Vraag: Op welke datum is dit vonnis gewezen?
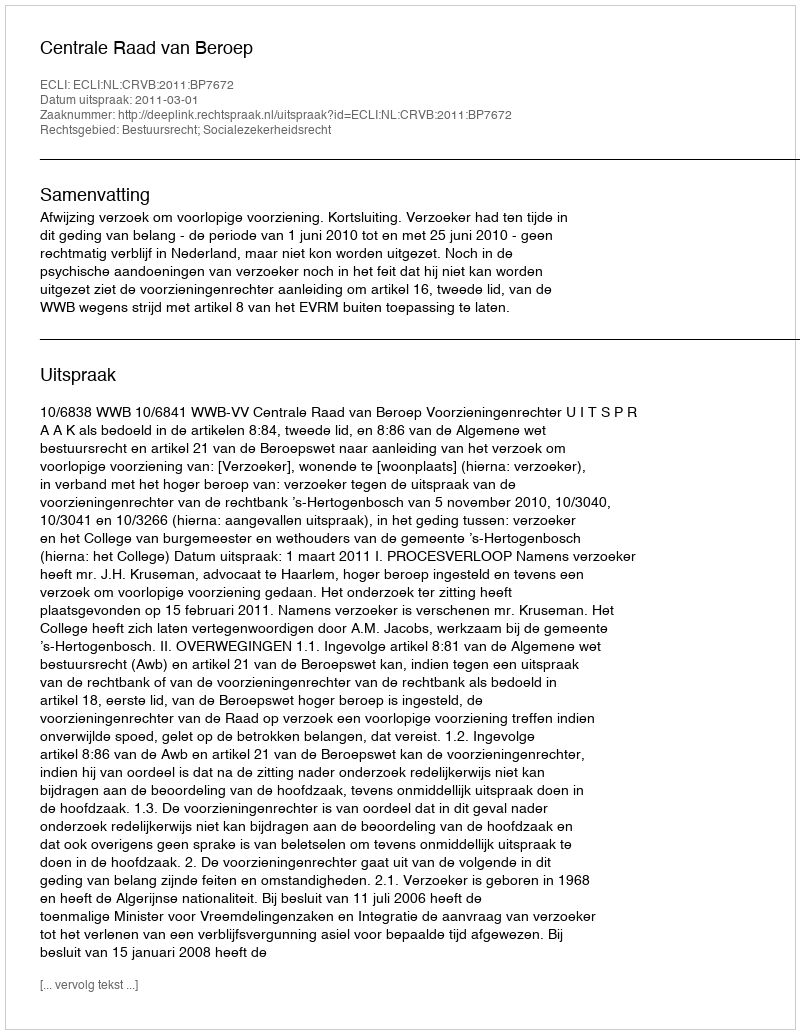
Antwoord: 2011-03-01